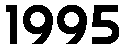
1995